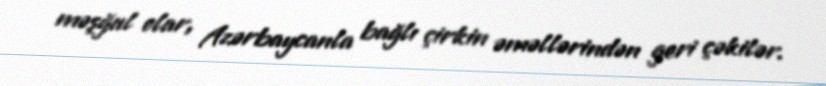
məşğul olar, Azərbaycanla bağlı çirkin əməllərindən geri çəkilər.